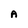
Character: A